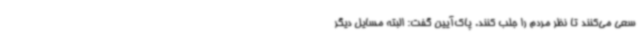
سعی می‌کنند تا نظر مردم را جلب کنند. پاک‌آیین گفت: البته مسایل دیگر